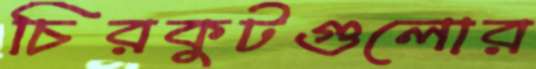
চিরকুটগুলোর